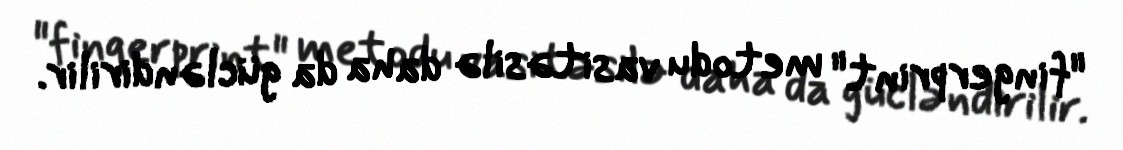
"fingerprint" metodu vasitəsilə daha da gücləndirilir.